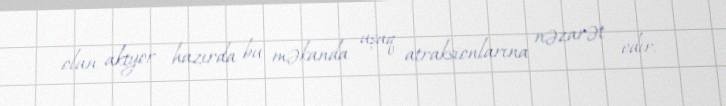
olan aktyor hazırda bu məkanda uşaq atraksionlarına nəzarət edir.